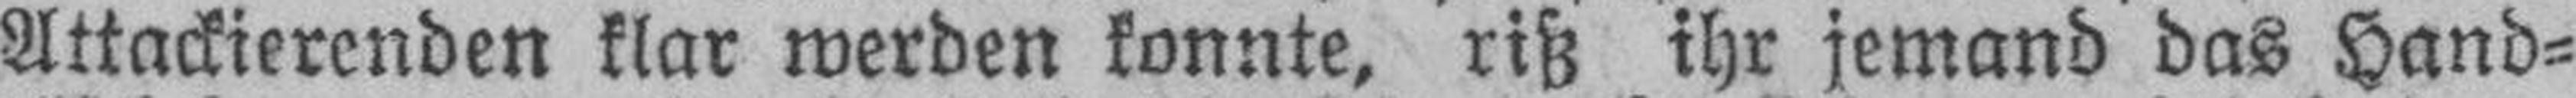
Attackierenden klar werden konnte, riß ihr jemand das Hand¬